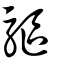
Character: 驅